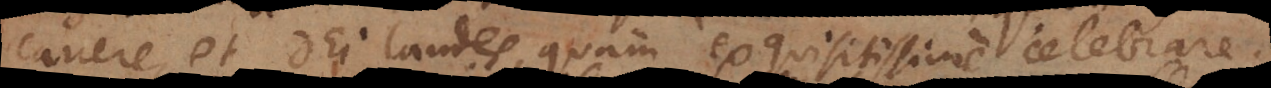
canere et Dei laudes, quam exquisitissime celebrare.